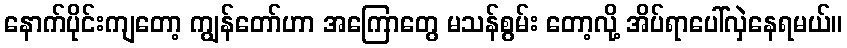
နောက်ပိုင်းကျတော့ ကျွန်တော်ဟာ အကြောတွေ မသန်စွမ်း တော့လို့ အိပ်ရာပေါ်လှဲနေရမယ်။